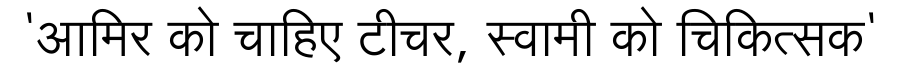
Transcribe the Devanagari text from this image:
'आमिर को चाहिए टीचर, स्वामी को चिकित्सक'